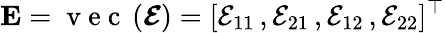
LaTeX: {\mathbf E}=\mathrm{~v~e~c~}\left({\boldsymbol{\mathcal{E}}}\right)=[\mathcal{E}_{11}\, ,\mathcal{E}_{21}\, ,\mathcal{E}_{12}\, ,\mathcal{E}_{22}]^{\top}